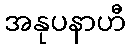
အနုပနာဟီ